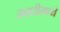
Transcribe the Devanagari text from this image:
अवधीमध्ये